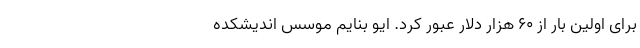
برای اولین بار از ۶۰ هزار دلار عبور کرد. ایو بنایم موسس اندیشکده